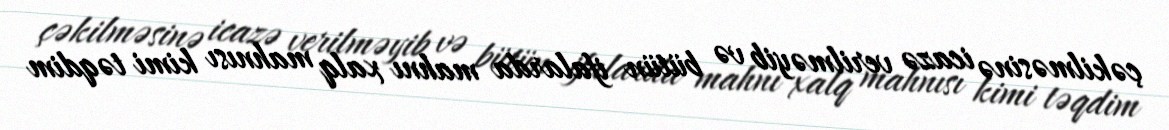
çəkilməsinə icazə verilməyib və bütün ifalarda mahnı xalq mahnısı kimi təqdim